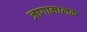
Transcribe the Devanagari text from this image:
जागामालक